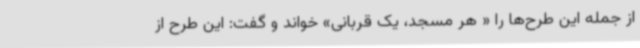
از جمله این طرح‌ها را « هر مسجد، یک قربانی» خواند و گفت: این طرح از